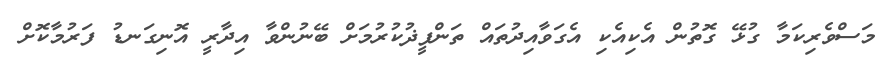
މަސްވެރިކަމާ ގުޅޭ ގޮތުން އެކިއެކި އެގަވާއިދުތައް ތަންފީޛުކުރުމަށް ބޭނުންވާ އިދާރީ އޮނިގަނޑު ފަރުމާކޮށް